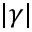
| \gamma |